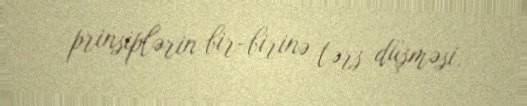
prinsiplərin bir-birinə tərs düşməsi.